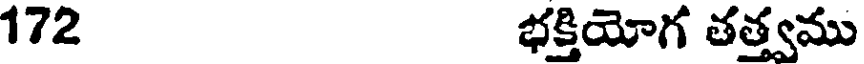
172 భక్తియోగ తత్త్వము